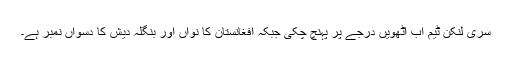
سری لنکن ٹیم اب آٹھویں درجے پر پہنچ چکی جبکہ افغانستان کا نواں اور بنگلہ دیش کا دسواں نمبر ہے۔